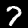
Digit: 7